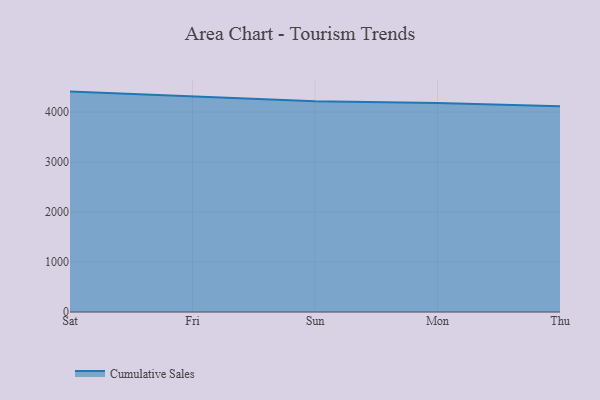
{"axis": {"x": "Day", "y": "Humidity (%)"}, "legend": ["Cumulative Sales"], "data": [{"x": "Sat", "y": 4408.7, "type": "Cumulative Sales"}, {"x": "Fri", "y": 4308.2, "type": "Cumulative Sales"}, {"x": "Sun", "y": 4215.5, "type": "Cumulative Sales"}, {"x": "Mon", "y": 4179.6, "type": "Cumulative Sales"}, {"x": "Thu", "y": 4116.6, "type": "Cumulative Sales"}]}